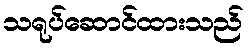
သရုပ်ဆောင်ထားသည်